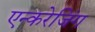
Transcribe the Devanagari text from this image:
एन्करेजिंग